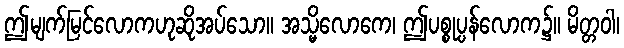
ဤမျက်မြင်လောကဟုဆိုအပ်သော။ အသ္မိလောကေ၊ ဤပစ္စုပ္ပန်လောက၌။ မိတ္တဝါ၊